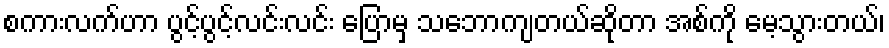
စကားလက်ဟာ ပွင့်ပွင့်လင်းလင်း ပြောမှ သဘောကျတယ်ဆိုတာ အစ်ကို မေ့သွားတယ်၊